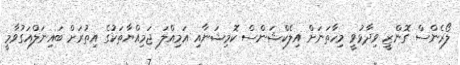
ލޯރެންސް ގޮންޒީ ވިދާޅުވީ މިހާތަނަށް އިލެކްޝަންސް ކޮމިޝަނާއި އަމިއްލަ ޖަމިއްޔާތަކުގެ އިތުރަށް ބައިނަލްއަގުވާމީ